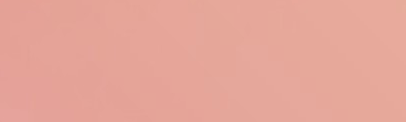
موقف خاص